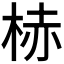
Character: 𪲒